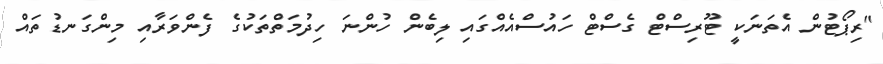
"ރިޕޯޓުން އެތަނަކީ ޓޫރިސްޓް ގެސްޓް ހައުސްއެއްގައި ލިބެން ހުންނަ ހިދުމަތްތަކުގެ ފެންވަރާއި މިންގަނޑުތައް